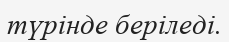
түрінде беріледі.